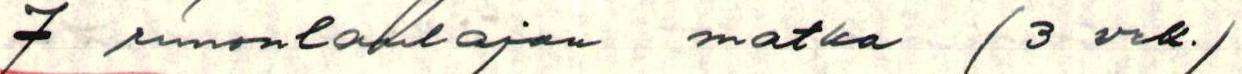
7 runonlaulajan matka (3 vrk.)